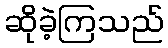
ဆိုခဲ့ကြသည်